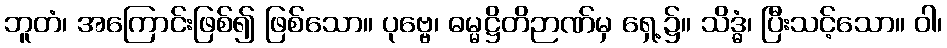
ဘူတံ၊ အကြောင်းဖြစ်၍ ဖြစ်သော။ ပုဗ္ဗေ၊ ဓမ္မဋ္ဌိတိဉာဏ်မှ ရှေ့၌။ သိဒ္ဓံ၊ ပြီးသင့်သော။ ဝါ၊